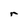
Character: r